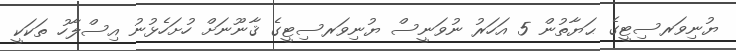
ޔުނިވަރސިޓީގެ ޙަޔާތުން 5 އަހަރު ނުވަނީސް ޔުނިވަރސިޓީގެ ޤާނޫނަށް ހުށަހެޅުނު އިސްލާހު ތަކަކީ